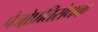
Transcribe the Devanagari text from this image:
पैजो़प्रतिरोधक